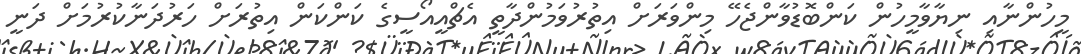
މީހުންނާއި ނިޔާވާމީހުން ކަންބޮޑުވާންޖެހޭ މިންވަރަށް އިތުރުވަމުންދާތީ އެޗްއީއޯސީގެ ކަންކަން އިތުރަށް ހަރުދަނާކުރުމަށް ދަނީ